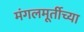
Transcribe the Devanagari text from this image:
मंगलमूर्तीच्या